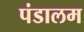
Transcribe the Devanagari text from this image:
पंडालम